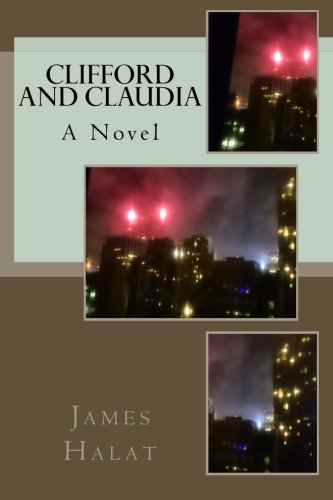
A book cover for Clifford and Claudia: A Novel; James Halat; Science Fiction & Fantasy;